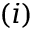
( i )